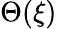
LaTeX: \Theta(\xi)